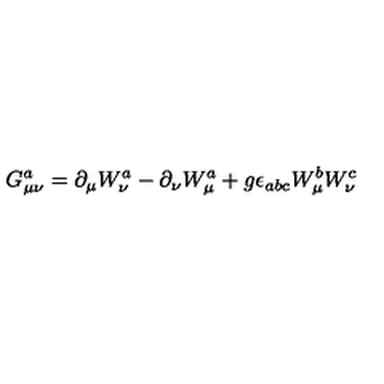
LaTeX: G _ { \mu \nu } ^ { a } = \partial _ { \mu } W _ { \nu } ^ { a } - \partial _ { \nu } W _ { \mu } ^ { a } + g \epsilon _ { a b c } W _ { \mu } ^ { b } W _ { \nu } ^ { c }